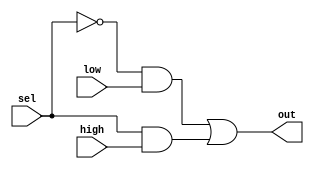
module twoToOneMux(out, low, high, sel);
	output out;
	input low, high, sel;
	wire nsel, outLow, outHigh;	

	not #50 n1(nsel, sel);
	
	
	and #50 a1(outLow, nsel, low);
	and #50 a2(outHigh, sel, high);

	or #50 o1(out, outLow, outHigh);
endmodule